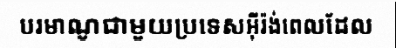
បរមាណូជាមួយប្រទេសអ៊ីរ៉ង់ពេលដែល